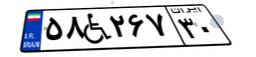
۵۸W۲۶۷۳۰